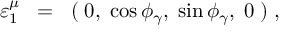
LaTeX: \varepsilon _ { 1 } ^ { \mu } \; \; = \; \; ( \; 0 , \; \cos \phi _ { \gamma } , \; \sin \phi _ { \gamma } , \; 0 \; ) \; ,